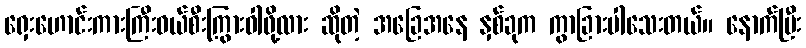
ရှေးဟောင်းကားကြီးဝယ်စီးကြွားဝါဖို့လား ဆိုတဲ့ အခြေအနေ နှစ်ခုက ကွာခြားပါသေးတယ်။ နောက်ပြီး